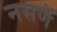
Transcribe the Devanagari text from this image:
नसणें